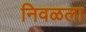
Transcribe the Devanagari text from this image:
निवळला